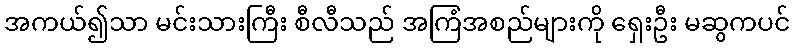
အကယ်၍သာ မင်းသားကြီး စီလီသည် အကြံအစည်များကို ရှေးဦး မဆွကပင်